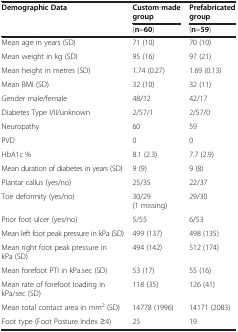
<table><thead><tr><td><b>Demographic Data</b></td><td><b>Custom-made group</b></td><td><b>Prefabricated group</b></td></tr><tr><td><b> </b></td><td><b>(n=60)</b></td><td><b>(n=59)</b></td></tr></thead><tbody><tr><td>Mean age in years (SD)</td><td>71 (10)</td><td>70 (10)</td></tr><tr><td>Mean weight in kg (SD)</td><td>95 (16)</td><td>97 (21)</td></tr><tr><td>Mean height in metres (SD)</td><td>1.74 (0.27)</td><td>1.69 (0.13)</td></tr><tr><td>Mean BMI (SD)</td><td>32 (10)</td><td>32 (11)</td></tr><tr><td>Gender male/female</td><td>48/12</td><td>42/17</td></tr><tr><td>Diabetes Type I/II/unknown</td><td>2/57/1</td><td>2/57/0</td></tr><tr><td>Neuropathy</td><td>60</td><td>59</td></tr><tr><td>PVD</td><td>0</td><td>0</td></tr><tr><td>HbA1c %</td><td>8.1 (2.3)</td><td>7.7 (2.9)</td></tr><tr><td>Mean duration of diabetes in years (SD)</td><td>9 (9)</td><td>9 (8)</td></tr><tr><td>Plantar callus (yes/no)</td><td>25/35</td><td>22/37</td></tr><tr><td>Toe deformity (yes/no)</td><td>30/29 (1 missing)</td><td>29/30</td></tr><tr><td>Prior foot ulcer (yes/no)</td><td>5/55</td><td>6/53</td></tr><tr><td>Mean left foot peak pressure in kPa (SD)</td><td>499 (137)</td><td>498 (135)</td></tr><tr><td>Mean right foot peak pressure in kPa (SD)</td><td>494 (142)</td><td>512 (174)</td></tr><tr><td>Mean forefoot PTI in kPa.sec (SD)</td><td>53 (17)</td><td>55 (16)</td></tr><tr><td>Mean rate of forefoot loading in kPa/sec (SD)</td><td>118 (35)</td><td>126 (41)</td></tr><tr><td>Mean total contact area in mm<sup>2</sup> (SD)</td><td>14778 (1996)</td><td>14171 (2083)</td></tr><tr><td>Foot type (Foot Posture Index ≥4)</td><td>25</td><td>19</td></tr></tbody></table>